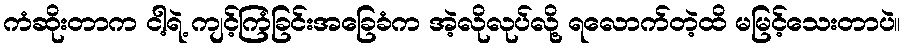
ကံဆိုးတာက ငါ့ရဲ့ ကျင့်ကြံခြင်းအခြေခံက အဲ့လိုလုပ်လို့ ရလောက်တဲ့ထိ မမြင့်သေးတာပဲ။